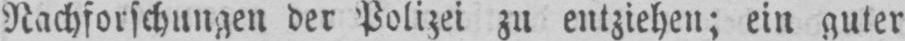
Nachforschungen der Polizei zu entziehen; ein guter